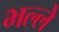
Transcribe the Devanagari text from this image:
भल्ले